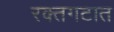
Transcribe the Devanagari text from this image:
रक्तगटात